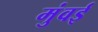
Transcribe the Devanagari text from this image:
मुंवई